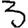
Digit: 3